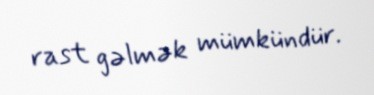
rast gəlmək mümkündür.